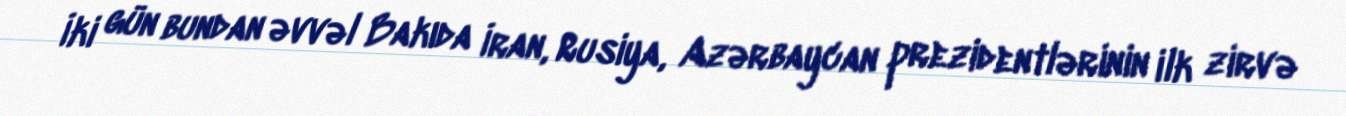
İki gün bundan əvvəl Bakıda İran, Rusiya, Azərbaycan prezidentlərinin ilk zirvə